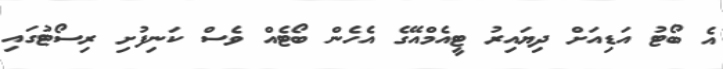
އެ ބޯޓު އަޑިއަށް ދިޔައިރު ޓީއެމްއޭގެ އެހެން ބޯޓެއް ވެސް ކަނިފުށި ރިސޯޓުގައި